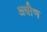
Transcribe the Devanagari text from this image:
अधीण